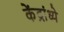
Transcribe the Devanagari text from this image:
केंद्रांध्ये